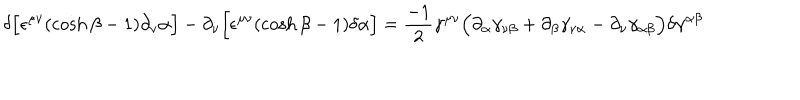
LaTeX: \delta \Bigl [ \epsilon ^ { \mu \nu } ( \cosh \beta - 1 ) \partial _ { \nu } \alpha \Bigr ] - \partial _ { \nu } \Bigl [ \epsilon ^ { \mu \nu } ( \cosh \beta - 1 ) \delta \alpha \Bigr ] = \frac { - 1 } { 2 } \gamma ^ { \mu \nu } \Bigl ( \partial _ { \alpha } \gamma _ { \nu \beta } + \partial _ { \beta } \gamma _ { \nu \alpha } - \partial _ { \nu } \gamma _ { \alpha \beta } \Bigr ) \delta \gamma ^ { \alpha \beta }